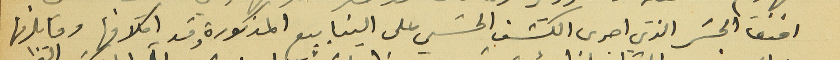
افندى الجسَر الذي اجرى الكشف الحسَي على الينابيع المذكورة وقر اكلافها وما يلزمها